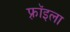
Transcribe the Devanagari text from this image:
फ़्रॉइला